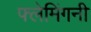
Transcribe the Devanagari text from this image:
फ्लेमिंगनी